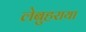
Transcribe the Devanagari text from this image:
लेबुहराया